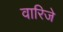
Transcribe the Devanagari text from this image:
वारिजे